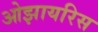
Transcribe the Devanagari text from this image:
ओझायरिस